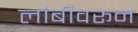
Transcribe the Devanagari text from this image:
लांबीवरून